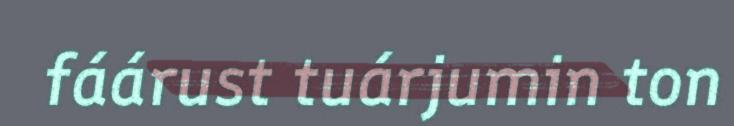
fáárust tuárjumin ton